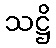
သဋ္ဌိ